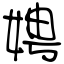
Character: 娉